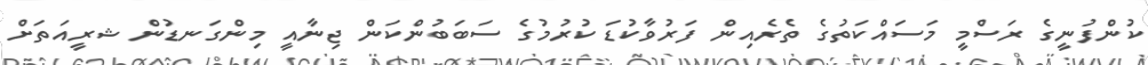
ކުންފުނީގެ ރަސްމީ މަސައްކަތުގެ ތެރެއިން ފަރުވާކުޑަ ކުރުމުގެ ސަބަބުންކަން ޖިނާއީ މިންގަނޑުން ޝރީއަތަށް